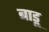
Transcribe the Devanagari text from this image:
बाडू